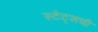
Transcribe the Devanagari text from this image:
स्टेट्‌सची